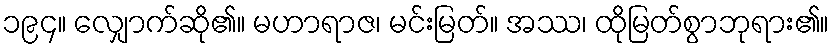
၁၉၄။ လျှောက်ဆို၏။ မဟာရာဇ၊ မင်းမြတ်။ အဿ၊ ထိုမြတ်စွာဘုရား၏။